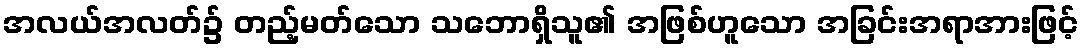
အလယ်အလတ်၌ တည့်မတ်သော သဘောရှိသူ၏ အဖြစ်ဟူသော အခြင်းအရာအားဖြင့်